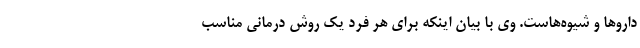
داروها و شیوه‌هاست. وی با بیان اینکه برای هر فرد یک روش درمانی مناسب